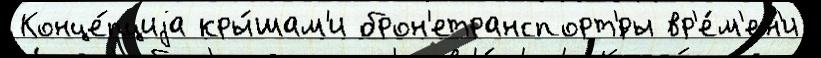
Конце́пциjа кры́шам'и брон'етранспорт'́ры вр'е́м'ен'и